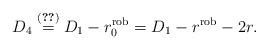
LaTeX: \begin{align*} D_4 \stackrel{\eqref{D4eq}}{=} D_1-r_0^{\rm rob}=D_1-r^{\rm rob}-2r.\end{align*}